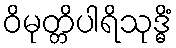
ဝိမုတ္တိပါရိသုဒ္ဓိံ